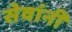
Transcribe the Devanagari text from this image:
सेवांनी